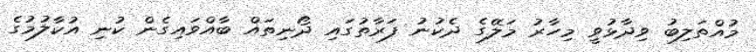
މުއްތަލިބު ވިދާޅުވީ މިހާރު މަލޭގެ ދެކުނު ފަރާތުގައި ދޯނިތައް ބާއްވައިގެން ކުނި އުކާލުމުގެ